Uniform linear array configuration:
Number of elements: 24
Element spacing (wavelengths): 0.25
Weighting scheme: blackman
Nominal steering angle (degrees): -30
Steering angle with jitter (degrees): -29.385
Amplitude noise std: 0.05
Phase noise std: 0.05

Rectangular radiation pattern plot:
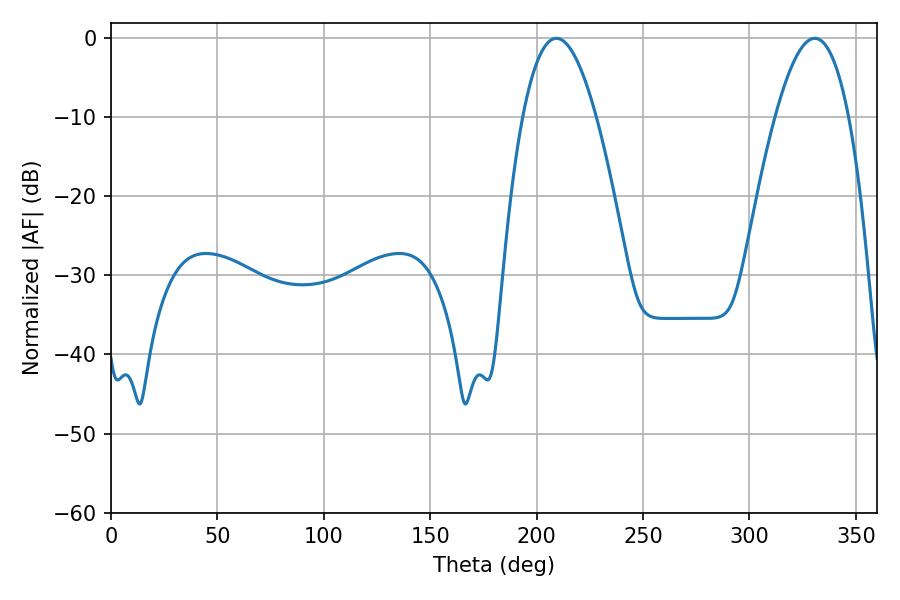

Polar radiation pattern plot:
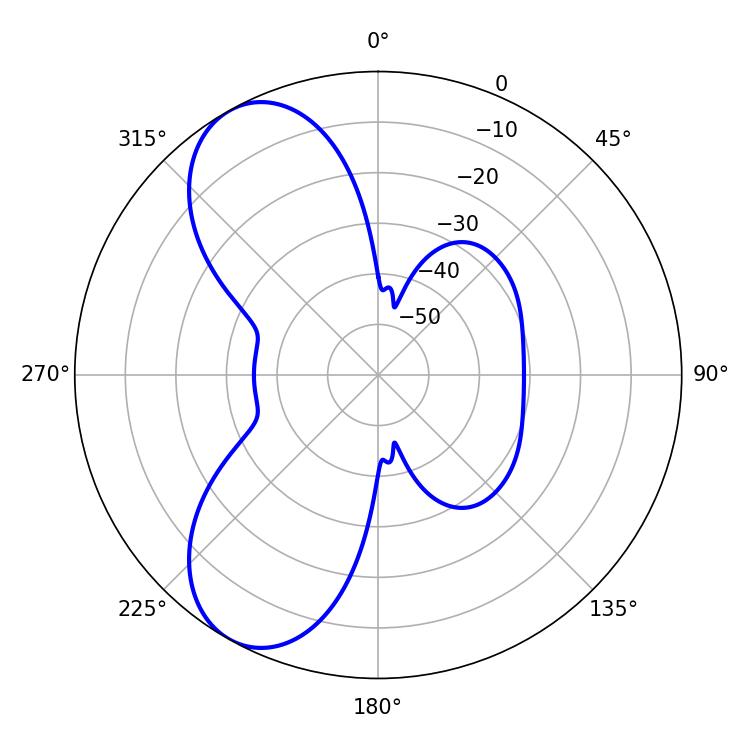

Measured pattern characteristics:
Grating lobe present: FALSE
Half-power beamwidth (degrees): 18.9
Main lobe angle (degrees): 330.66